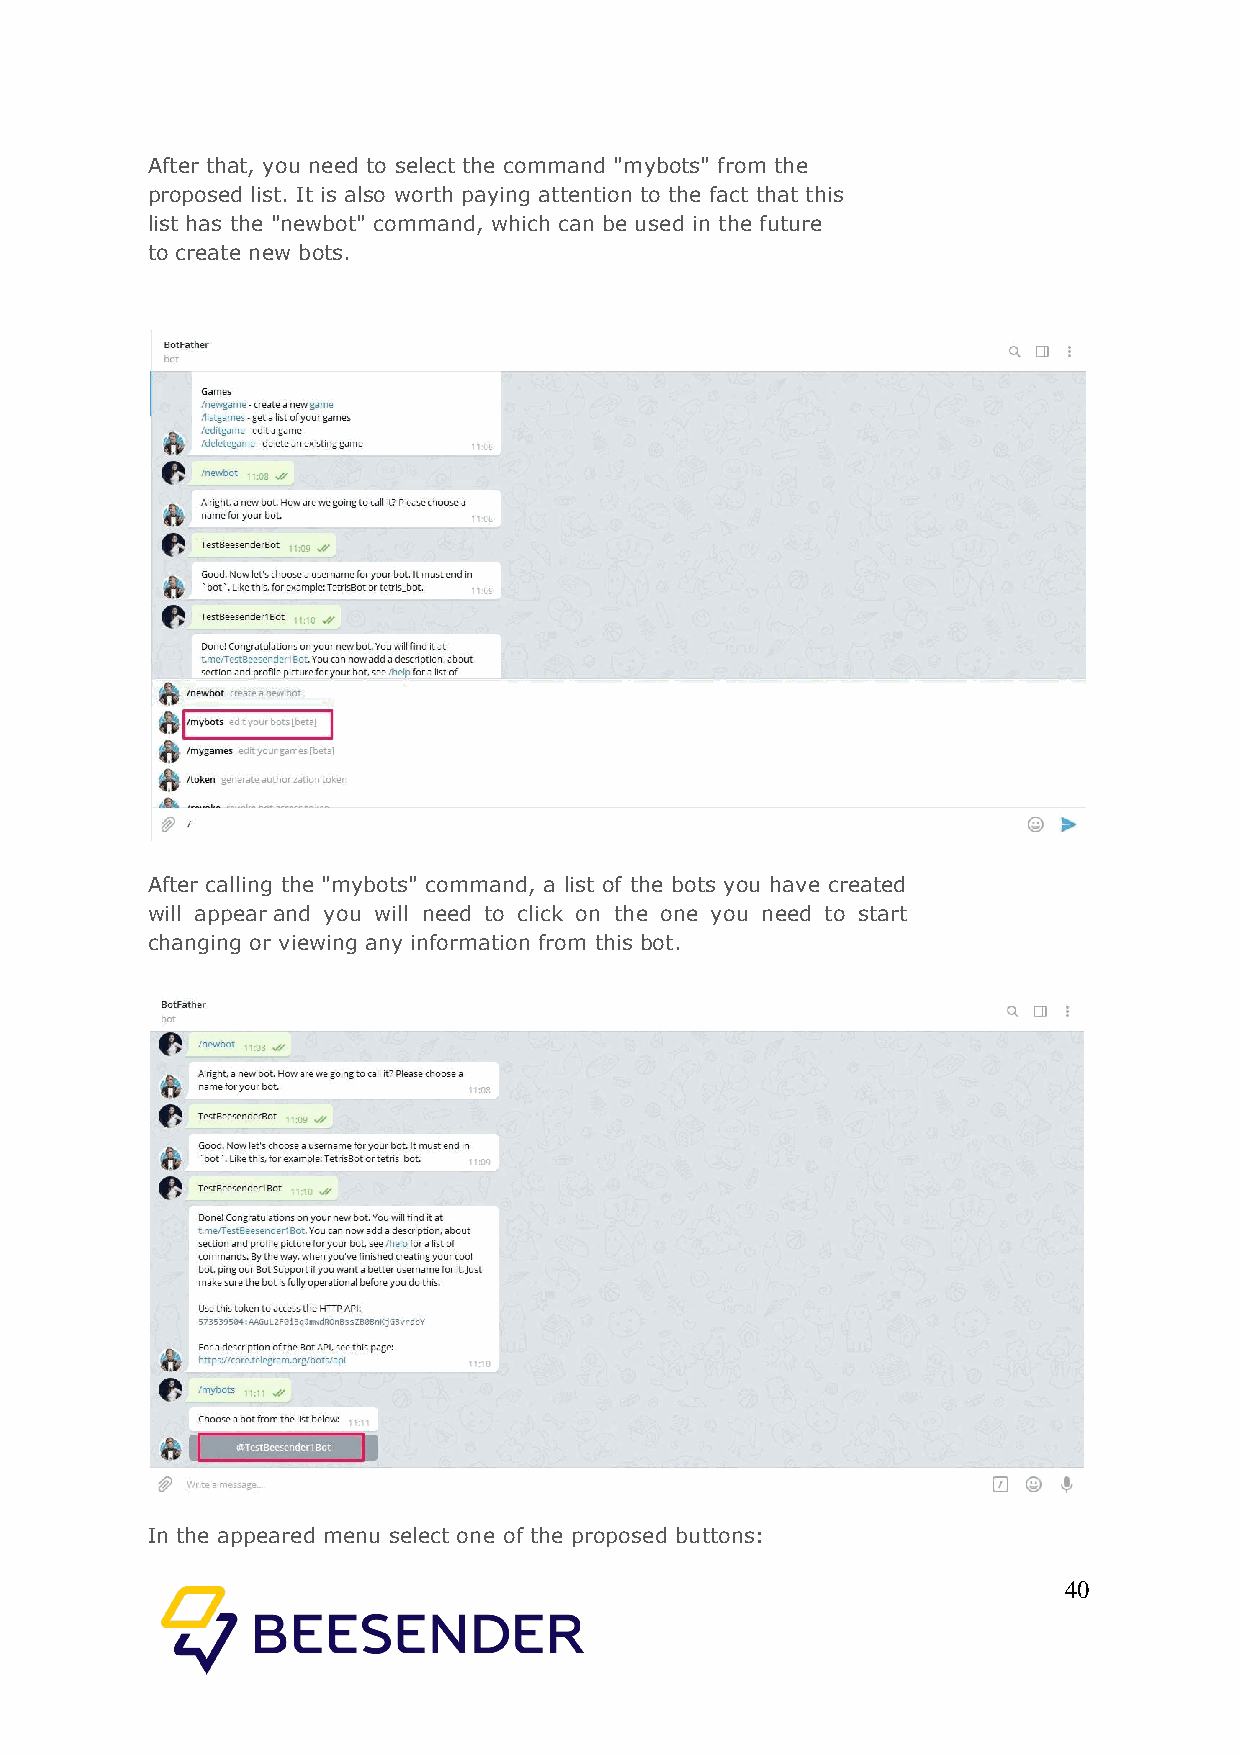
After that, you need to select the command "mybots" from the
 proposed list. It is also worth paying attention to the fact that this
 list has the "newbot" command, which can be used in the future
 to create new bots.
 After calling the "mybots" command, a list of the bots you have created
 will appear and you will need to click on the one you need to start
 changing or viewing any information from this bot.
 In the appeared menu select one of the proposed buttons:
 40